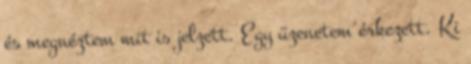
és megnéztem mit is jelzett. Egy üzenetem érkezett. Ki